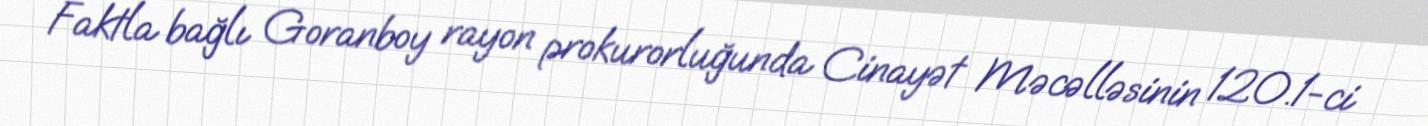
Faktla bağlı Goranboy rayon prokurorluğunda Cinayət Məcəlləsinin 120.1-ci